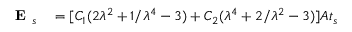
\begin{array} { r l } { \textbf { E } _ { s } } & { { } = [ C _ { 1 } ( 2 \lambda ^ { 2 } + 1 / \lambda ^ { 4 } - 3 ) + C _ { 2 } ( \lambda ^ { 4 } + 2 / \lambda ^ { 2 } - 3 ) ] A t _ { s } } \end{array}